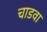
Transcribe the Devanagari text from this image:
चाडवा